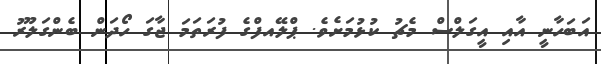
އަބަހާނީ އާއި އީގަލްސް މެޗު ކުޅުމަށެވެ. ޕްލޭއފްގެ ފުރަތަމަ ޖާގަ ހޯދަން ބެންގަލޫރު